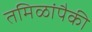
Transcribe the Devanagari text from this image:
तमिळांपैकी